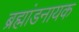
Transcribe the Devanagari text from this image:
ब्रह्मांडनायक